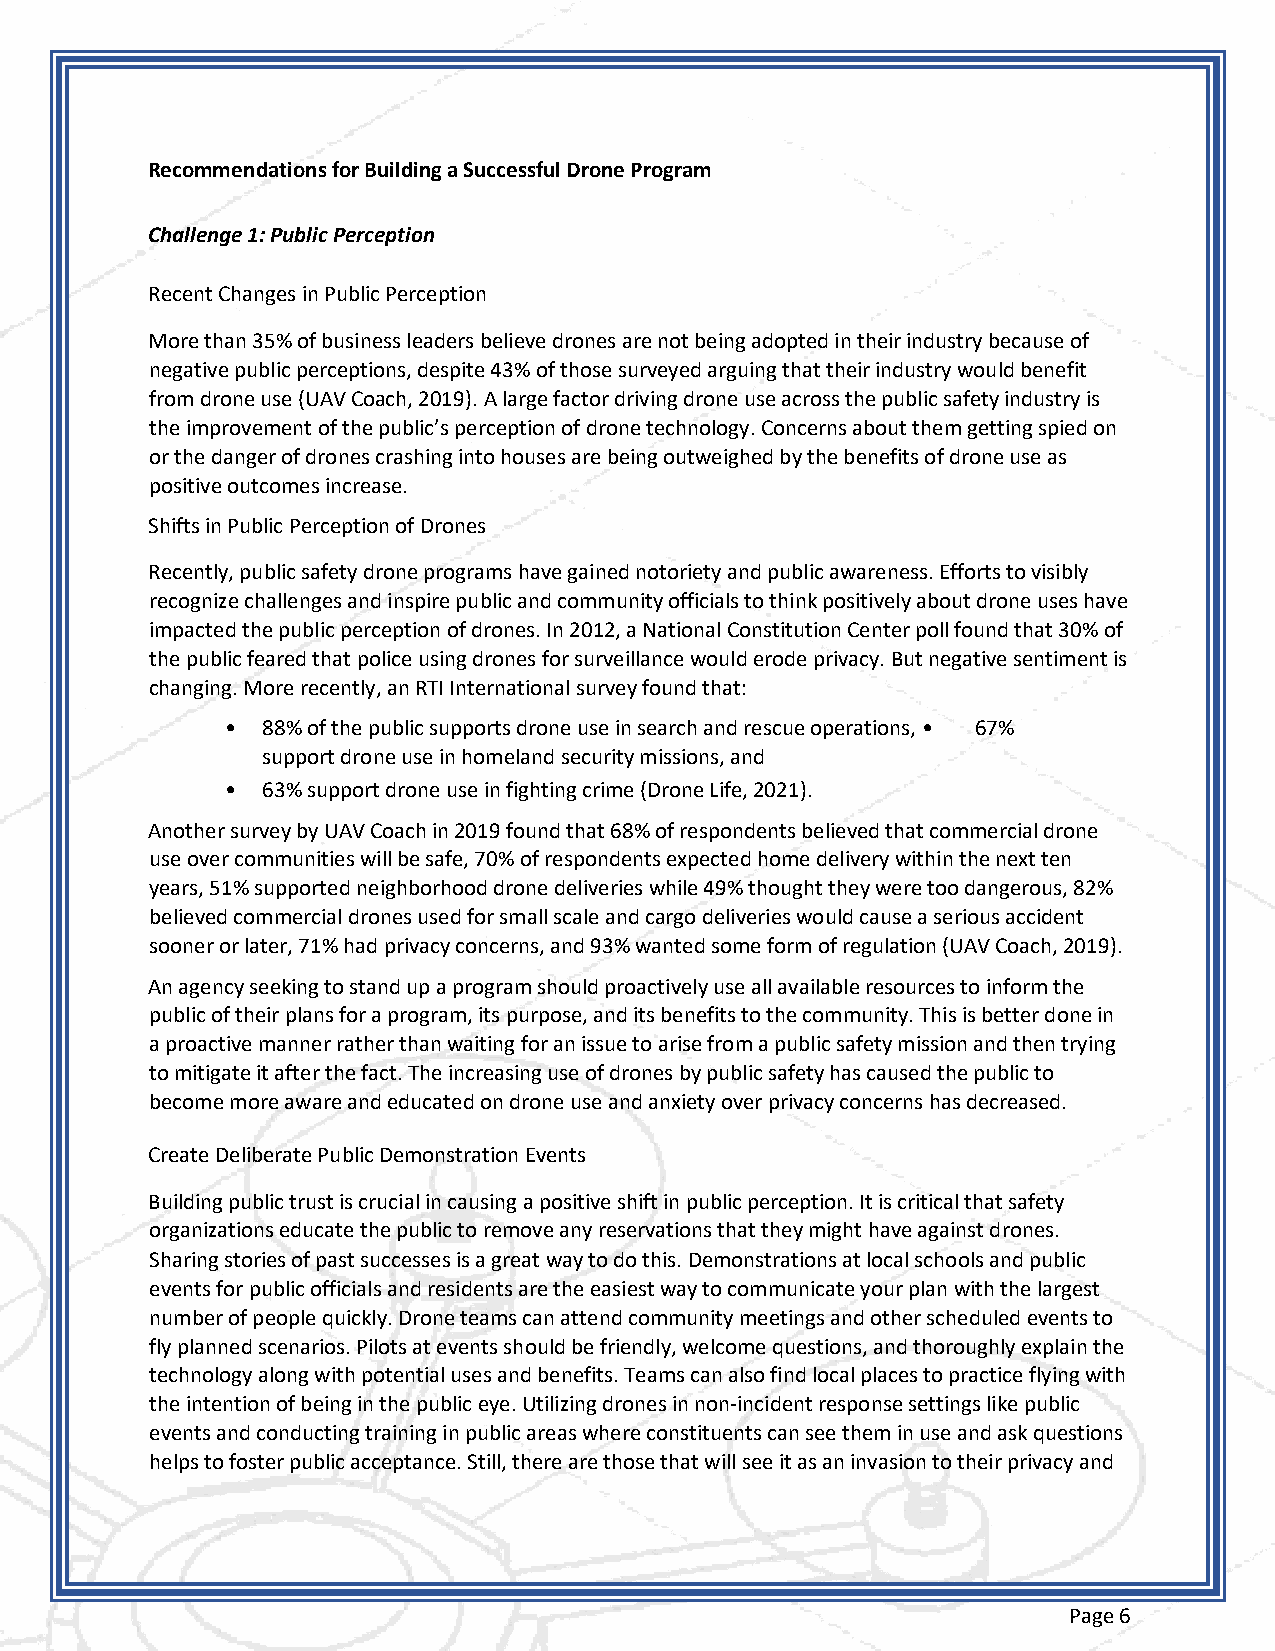
Recommendations for Building a Successful Drone Program
 Challenge 1: Public Perception
 Recent Changes in Public Perception
 More than 35% of business leaders believe drones are not being adopted in their industry because of
 negative public perceptions, despite 43% of those surveyed arguing that their industry would benefit
 from drone use (UAV Coach, 2019). A large factor driving drone use across the public safety industry is
 the improvement of the public’s perception of drone technology. Concerns about them getting spied on
 or the danger of drones crashing into houses are being outweighed by the benefits of drone use as
 positive outcomes increase.
 Shifts in Public Perception of Drones
 Recently, public safety drone programs have gained notoriety and public awareness. Efforts to visibly
 recognize challenges and inspire public and community officials to think positively about drone uses have
 impacted the public perception of drones. In 2012, a National Constitution Center poll found that 30% of
 the public feared that police using drones for surveillance would erode privacy. But negative sentiment is
 changing. More recently, an RTI International survey found that:
 • 88% of the public supports drone use in search and rescue operations, • 67%
 support drone use in homeland security missions, and
 • 63% support drone use in fighting crime (Drone Life, 2021).
 Another survey by UAV Coach in 2019 found that 68% of respondents believed that commercial drone
 use over communities will be safe, 70% of respondents expected home delivery within the next ten
 years, 51% supported neighborhood drone deliveries while 49% thought they were too dangerous, 82%
 believed commercial drones used for small scale and cargo deliveries would cause a serious accident
 sooner or later, 71% had privacy concerns, and 93% wanted some form of regulation (UAV Coach, 2019).
 An agency seeking to stand up a program should proactively use all available resources to inform the
 public of their plans for a program, its purpose, and its benefits to the community. This is better done in
 a proactive manner rather than waiting for an issue to arise from a public safety mission and then trying
 to mitigate it after the fact. The increasing use of drones by public safety has caused the public to
 become more aware and educated on drone use and anxiety over privacy concerns has decreased.
 Create Deliberate Public Demonstration Events
 Building public trust is crucial in causing a positive shift in public perception. It is critical that safety
 organizations educate the public to remove any reservations that they might have against drones.
 Sharing stories of past successes is a great way to do this. Demonstrations at local schools and public
 events for public officials and residents are the easiest way to communicate your plan with the largest
 number of people quickly. Drone teams can attend community meetings and other scheduled events to
 fly planned scenarios. Pilots at events should be friendly, welcome questions, and thoroughly explain the
 technology along with potential uses and benefits. Teams can also find local places to practice flying with
 the intention of being in the public eye. Utilizing drones in non-incident response settings like public
 events and conducting training in public areas where constituents can see them in use and ask questions
 helps to foster public acceptance. Still, there are those that will see it as an invasion to their privacy and
 Page 6